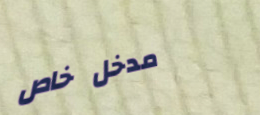
مدخل خاص